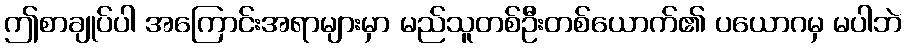
ဤစာချုပ်ပါ အကြောင်းအရာများမှာ မည်သူတစ်ဦးတစ်ယောက်၏ ပယောဂမှ မပါဘဲ